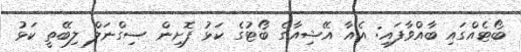
ބޯޓެއްގައި ބާއްވާފައި: އެއާ އޭޝިއާގެ ބޯޓުގެ ކަޅު ފޮށިން ސިގްނަލް ލިބޭތީ ކަޅު